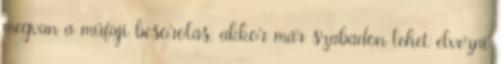
megvan a műfaji besorolás, akkor már szabadon lehet élvezni